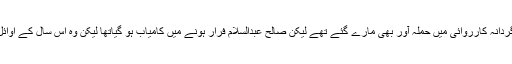
اگرچہ اس دہشت گردانہ کارروائی میں حملہ آور بھی مارے گئے تھے لیکن صالح عبدالسلام فرار ہونے میں کامیاب ہو گیاتھا لیکن وہ اس سال کے اوائل میں پکڑا گیا تھا۔